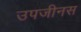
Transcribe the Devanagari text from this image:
उपजीनस